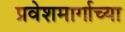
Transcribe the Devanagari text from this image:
प्रवेशमार्गाच्या